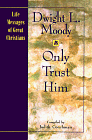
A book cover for Only Trust Him (Life Messages of Great Christians); Dwight Lyman Moody; Christian Books & Bibles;